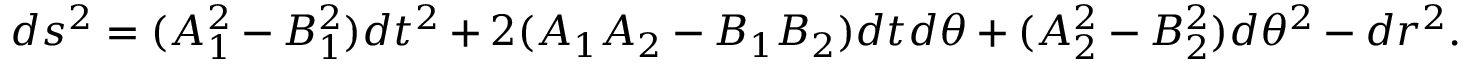
d s ^ { 2 } = ( A _ { 1 } ^ { 2 } - B _ { 1 } ^ { 2 } ) d t ^ { 2 } + 2 ( A _ { 1 } A _ { 2 } - B _ { 1 } B _ { 2 } ) d t d \theta + ( A _ { 2 } ^ { 2 } - B _ { 2 } ^ { 2 } ) d \theta ^ { 2 } - d r ^ { 2 } .